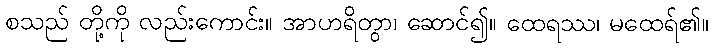
စသည် တို့ကို လည်းကောင်း။ အာဟရိတွာ၊ ဆောင်၍။ ထေရဿ၊ မထေရ်၏။